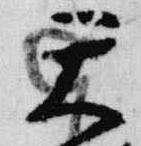
天